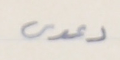
دعوى